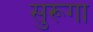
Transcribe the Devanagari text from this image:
सुरूगा